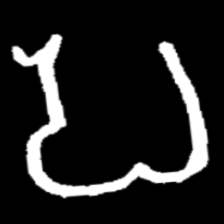
Pyu character \u2014 Myanmar letter: ပ (romanized: pa)